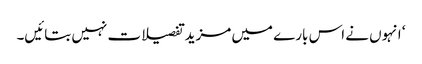
‘ انہوں نے اس بارے میں مزید تفصیلات نہیں بتائیں۔